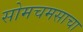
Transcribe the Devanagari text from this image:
सोमचमसाचा